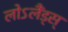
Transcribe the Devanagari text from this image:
लोऽलैंड्स्